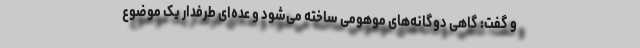
و گفت: گاهی دوگانه‌های موهومی ساخته می‌شود و عده‌ای طرفدار یک موضوع